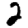
Digit: 2